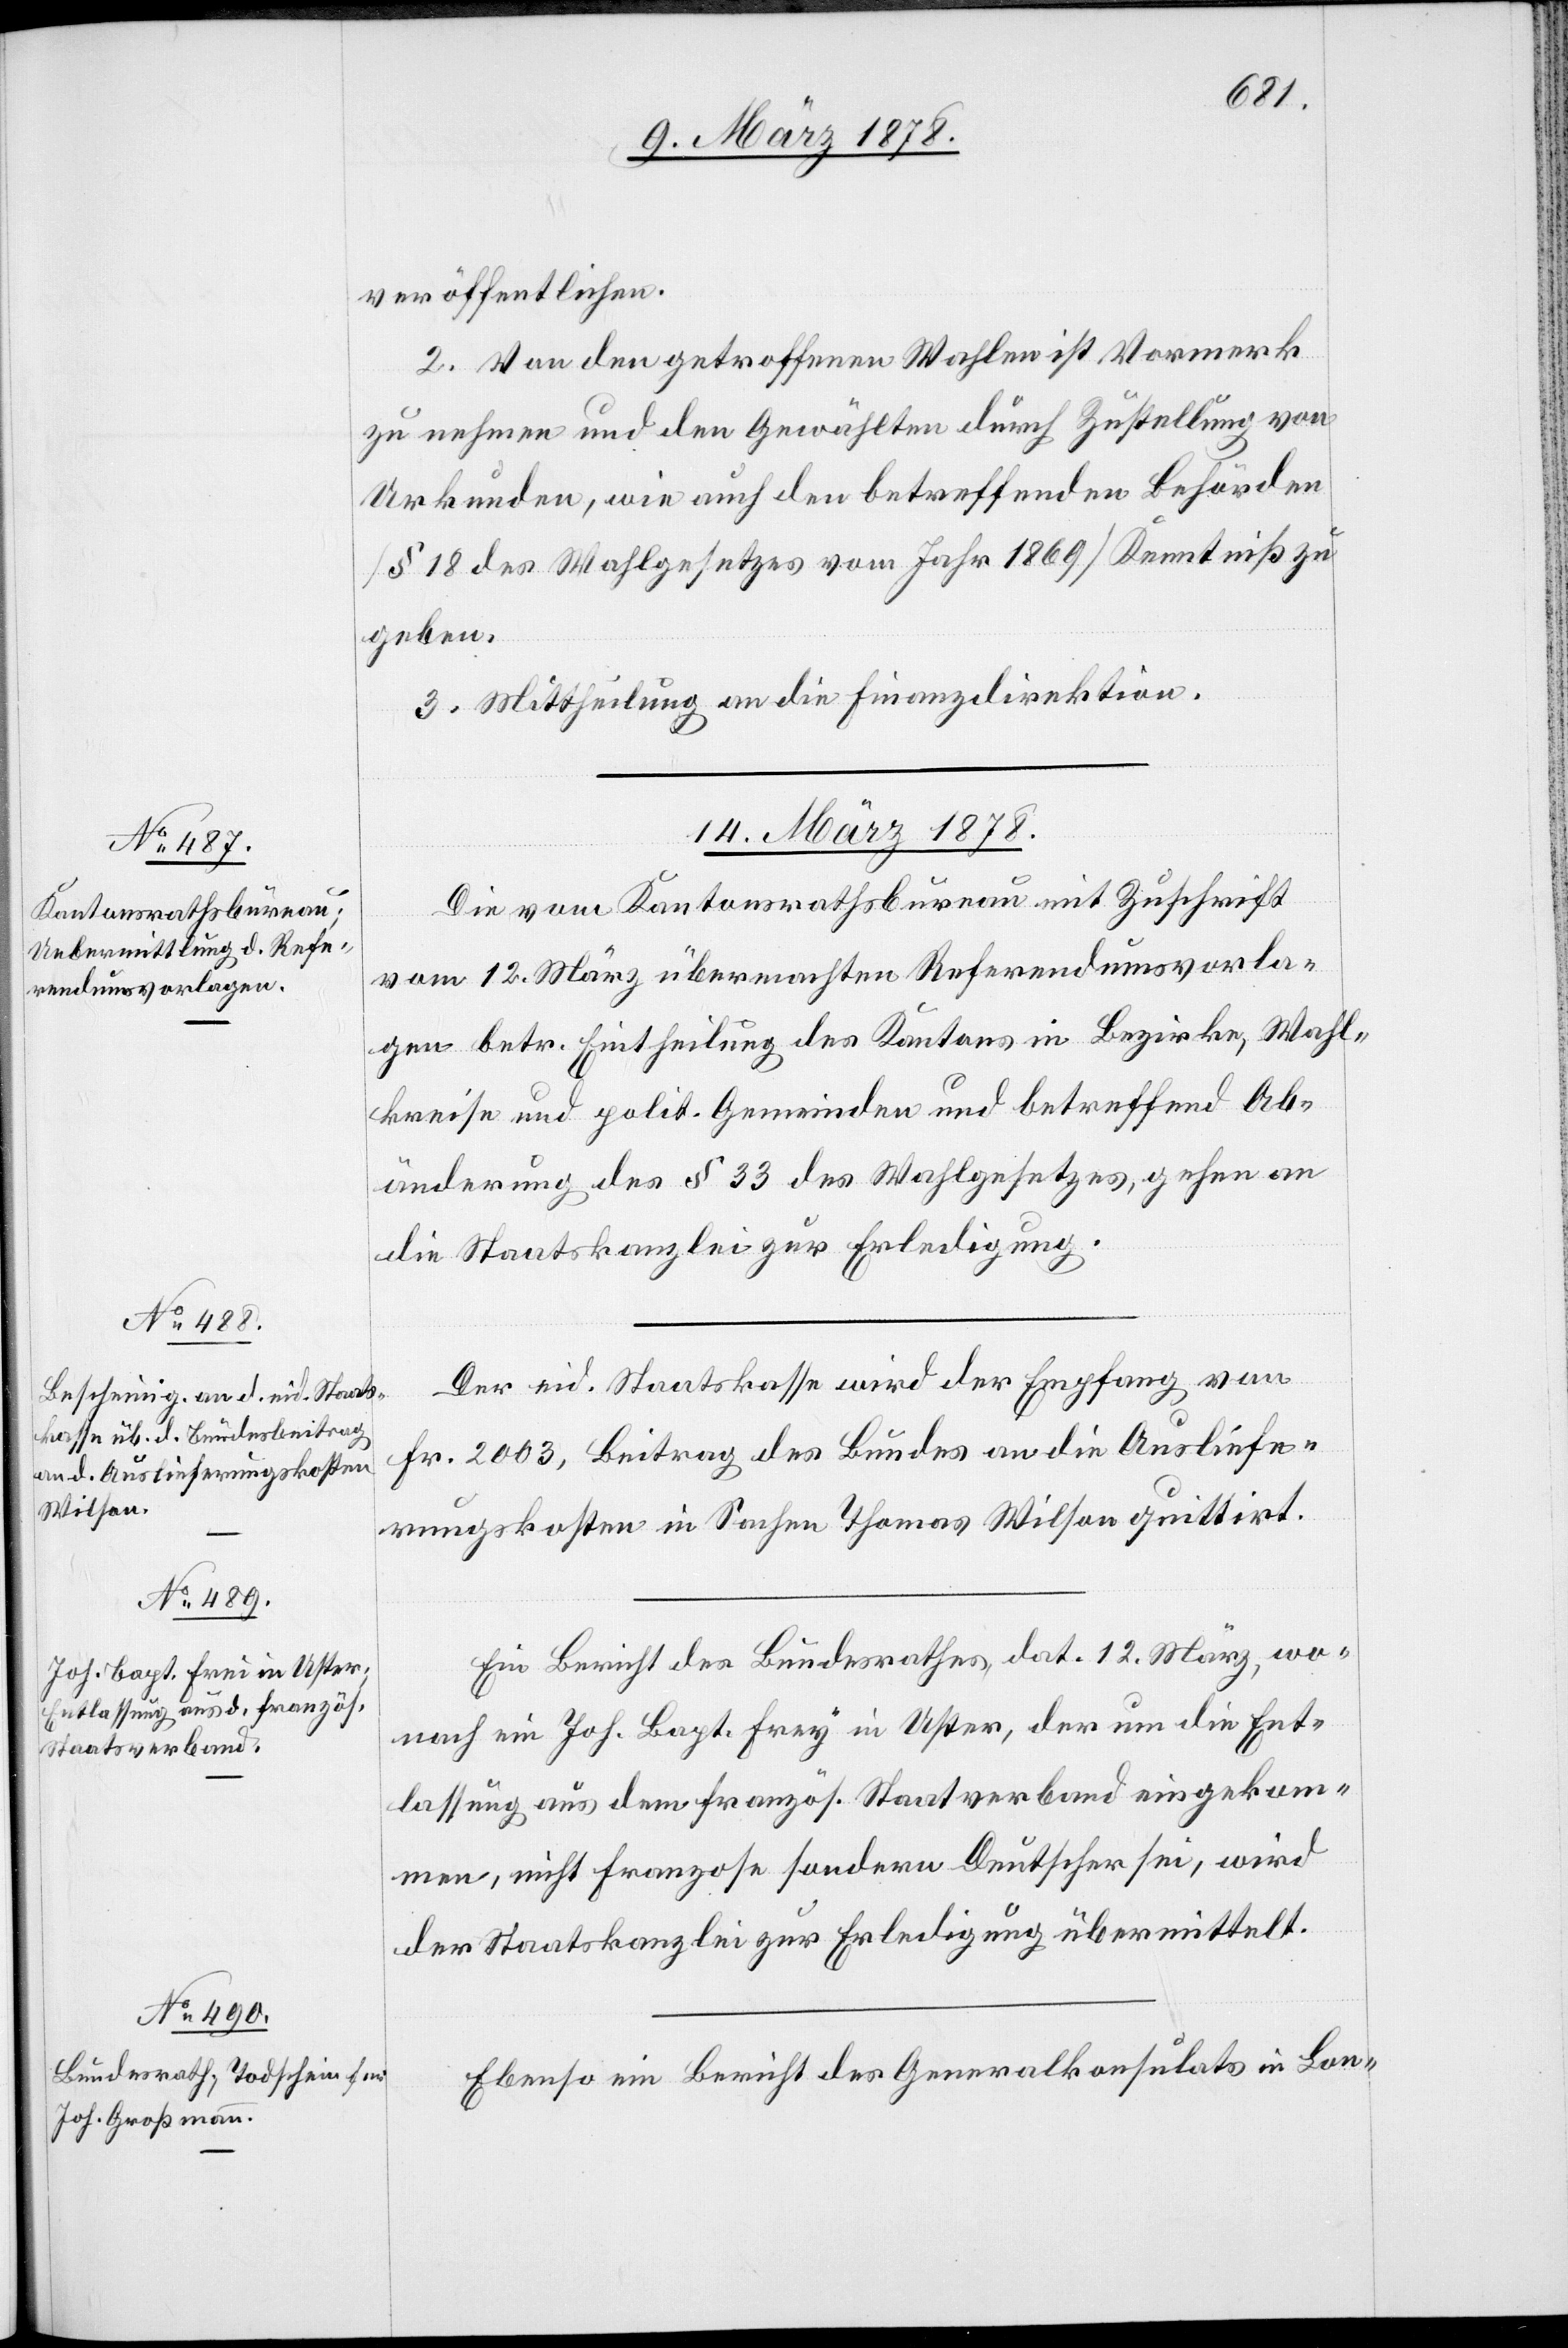
veröffentlichen.
2. Von den getroffenen Wahlen ist Vormerk
zu nehmen und den Gewählten durch Zustellung von
Urkunden, wie auch den betreffenden Behörden
(§ 18 des Wahlgesetzes vom Jahr 1869) Kenntniß zu
geben.
3. Mittheilung an die Finanzdirektion.
14. März 1878.]
Die vom Kantonsrathsbureau mit Zuschrift
vom 12. März übermachten Referendumsvorla¬
gen betr. Eintheilung des Kantons in Bezirke, Wahl¬
kreise und polit. Gemeinden und betreffend Ab¬
änderung des § 33 des Wahlgesetzes, gehen an
die Staatskanzlei zur Erledigung.
Der eid. Staatskasse wird der Empfang von
Fr. 2003, Beitrag des Bundes an die Ausliefe¬
rungskosten in Sachen Thomas Wilson quittirt.
Ein Bericht des Bundesrathes dat. 12. März, wo¬
nach ein Joh. Bapt. Frey [sic!] in Uster, der um die Ent¬
lassung aus dem französ. Staatsverband eingekom¬
men, nicht Franzose sondern Deutscher sei, wird
der Staatskanzlei zur Erledigung übermittelt.
Ebenso ein Bericht des Generalkonsulats in Lon-